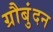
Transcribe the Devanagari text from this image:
ग्रौबुंदन